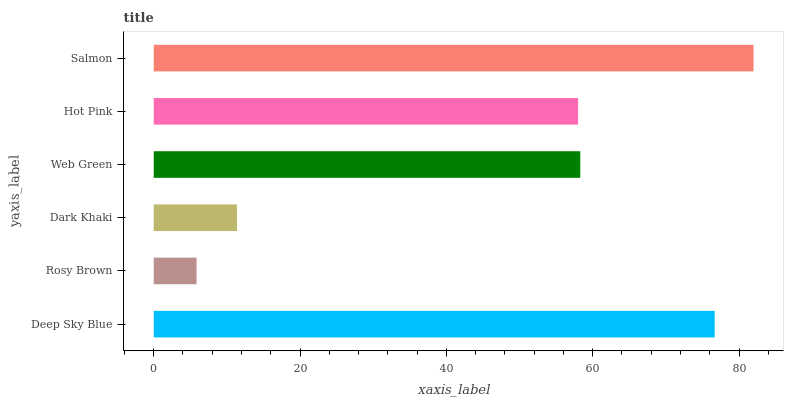
| yaxis_label | bars |
 | --- | --- |
 | Deep Sky Blue | 76.7 |
 | Rosy Brown | 5.86 |
 | Dark Khaki | 11.4 |
 | Web Green | 58.3 |
 | Hot Pink | 58 |
 | Salmon | 82 |